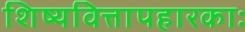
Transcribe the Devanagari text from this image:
शिष्यवित्तापहारकाः